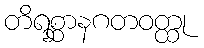
တိရစ္ဆာနဂတဝတ္ထု